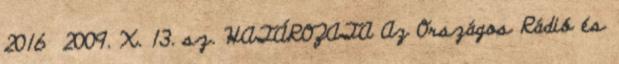
2016 2009. X. 13. sz. HATÁROZATA Az Országos Rádió és